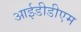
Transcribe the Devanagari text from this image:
आईडीडीएम